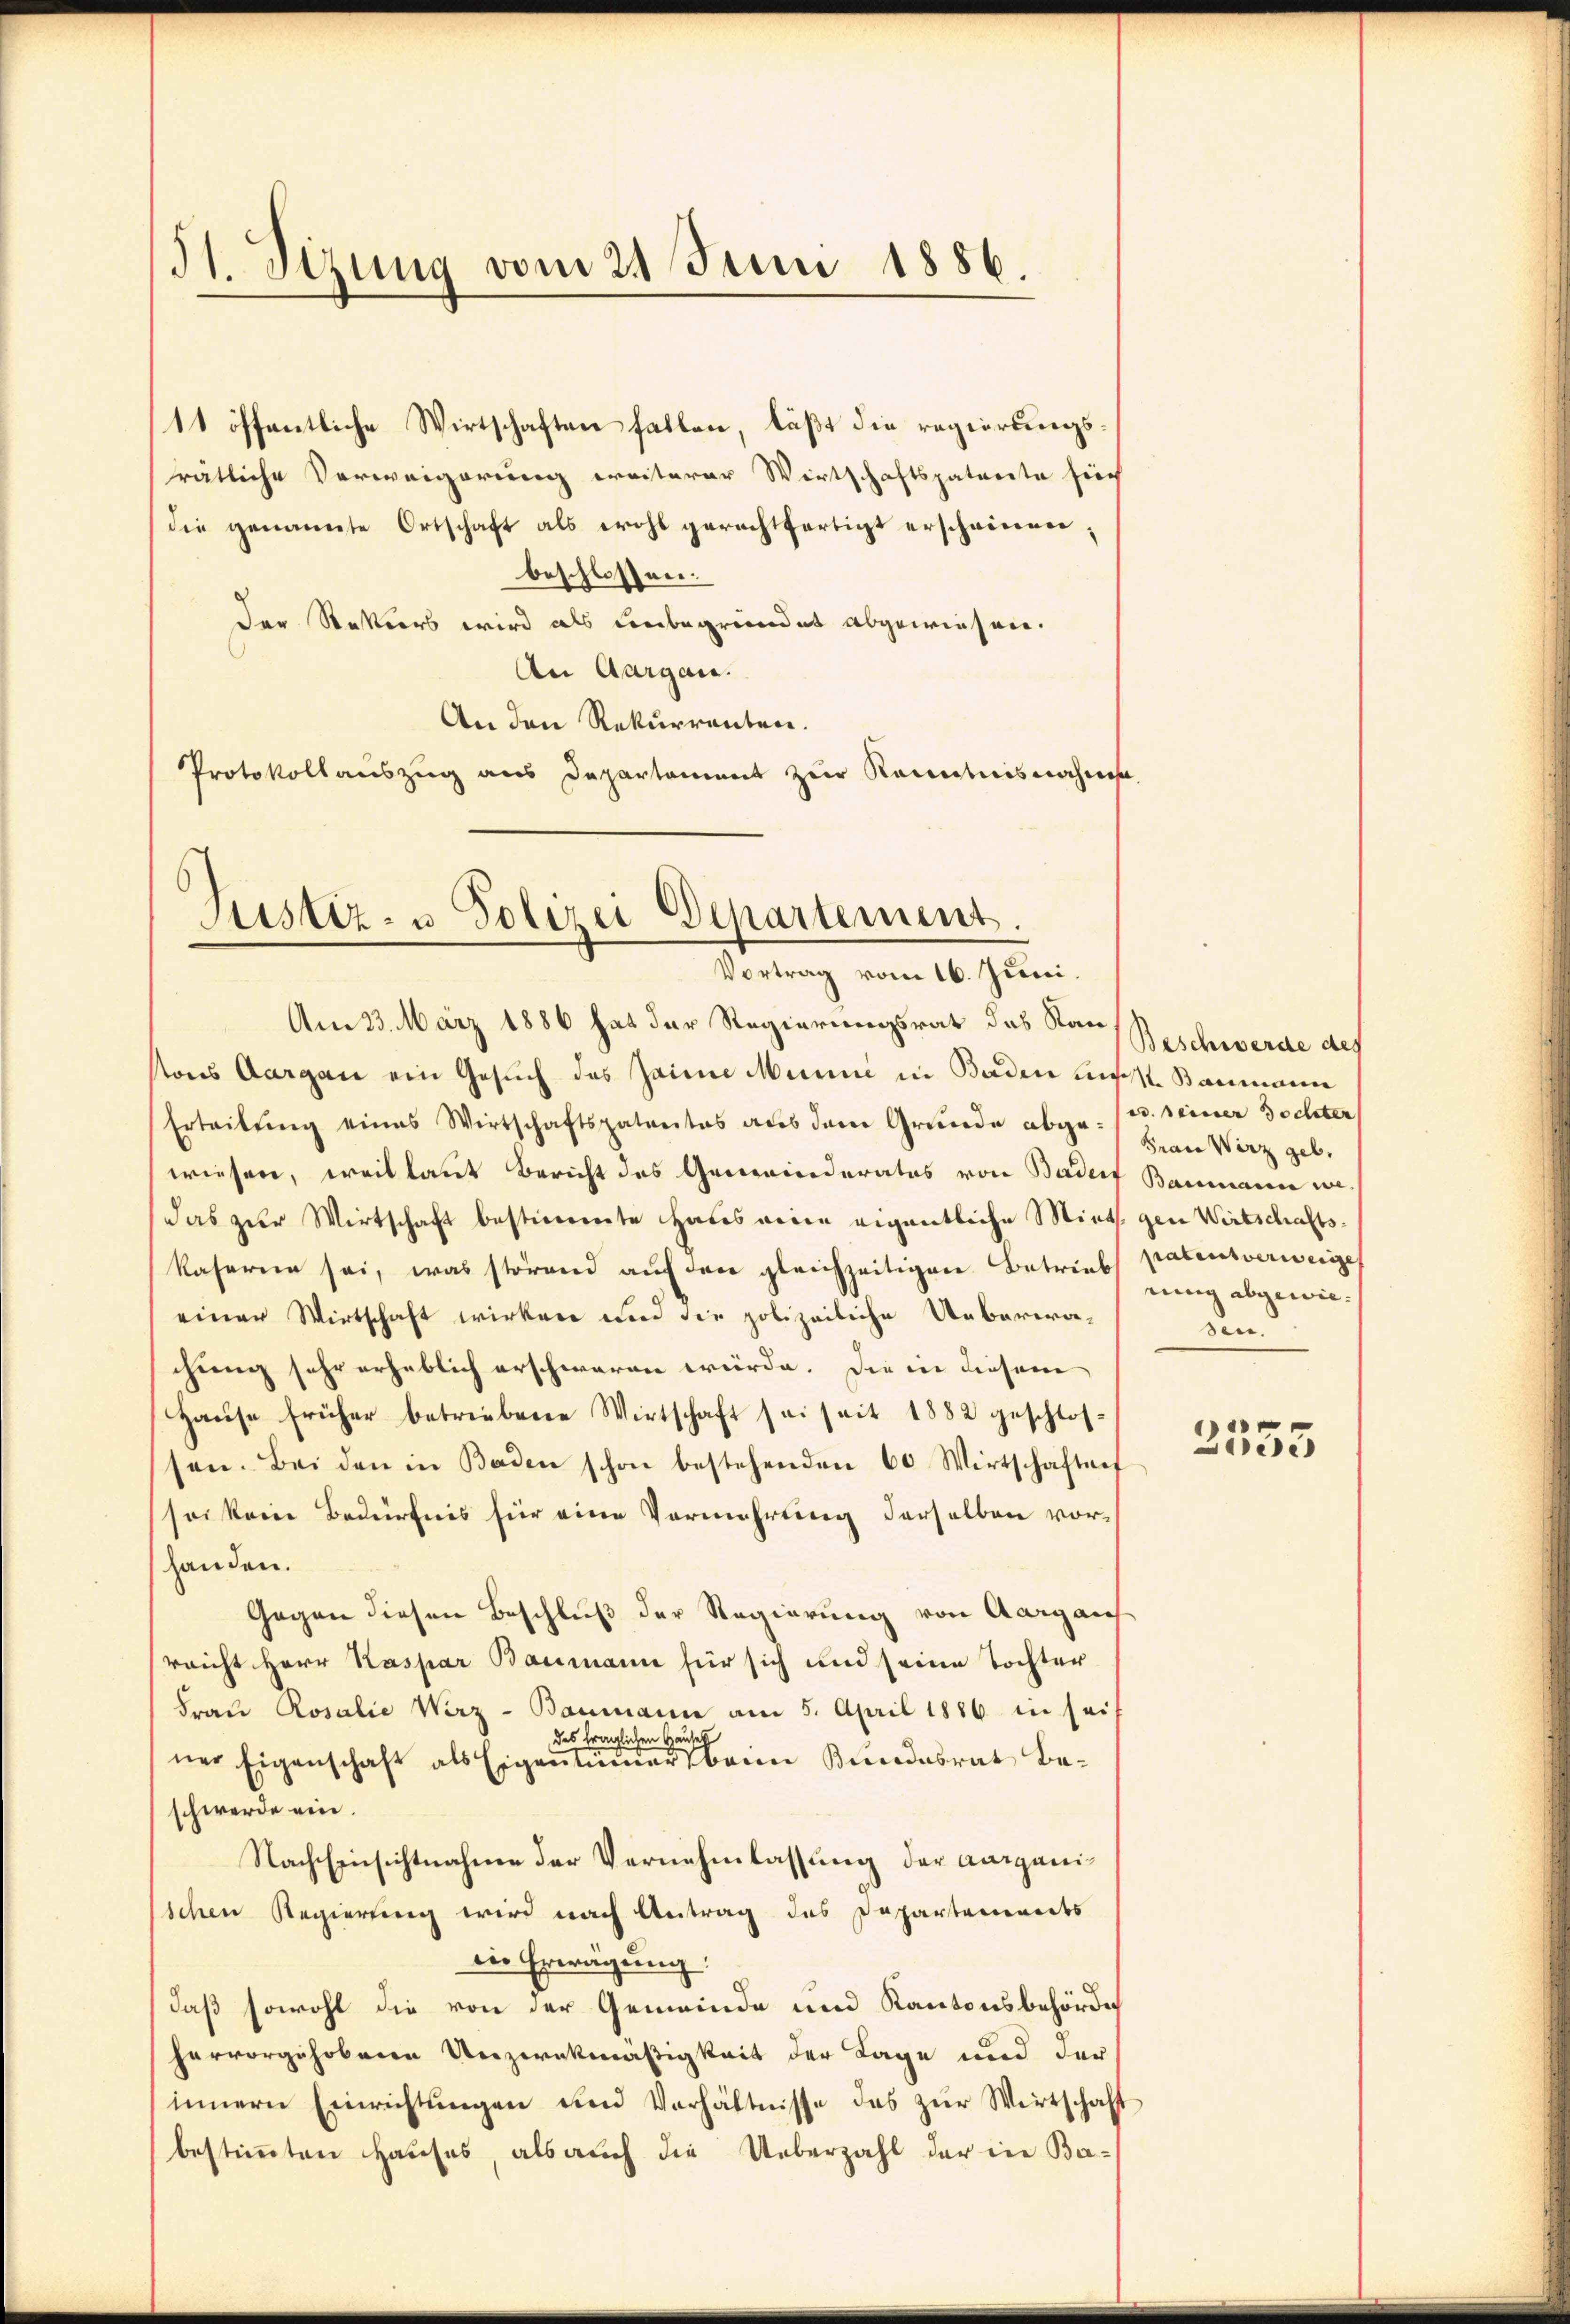
51. Sizung vom 21 Juni 1886.

11 öffentliche Wirtschaften fallen, läßt die regierungsrätliche Verweigerung weiterer Wirtschaftspaterste sich
die genannte Ortschaft als wohl gerechtfertigt erscheinen,
beschlossen.
Der Restiers wird als unbegründet abgewiesen.
An Aargau.
An den Rekurrenten.
Protokollauszug aus Departament zur Kenntnisnahmsa

Justiz- u. Polizei Departement
Vortrag vom 16. Juni.

Am 23. März 1886 hat der Regierungsrat das San Beschwerde des
vons Aargau ein Gesuch des Zaime Manni in Baden unst. Baumann
Erteilŭng eines Wirtschaftspatentes aŭs dem Grunde abge. (v. seiner Tochter
wiesen, weil laut Bericht des Gemeinderates von Bader Baumann wedas zur Wirtschaft besticerete Habes veren eigentliche Mieth gen Wirtschaftskaseren sei, was störend auf den gleichzeitigen Betriebs patentverweige
einer Wirtschaft wirken und die polizeiliche Ueberwa-
chung sehr erheblich erschwaren würde. Die in diesem
Haŭse früher betriebene Wirtschaft sei seit 1882 geschlossen. Bei den in Baden schon bestehenden 60 Wirtschaftnef
sei kein Bedürfnis für eine Vermehrung derselben vorhanden.
Gegen diesen Beschluß der Regierung von Aargaus
reicht Herr Kaspar Baumann für sich und seine Tochter
Frau Rosalie Wirz - Baumann am 5. April 1886 in seit
des fraglichen Häusell
ner Eigenschaft als Eigentümerbann Bundesrat Be-
schwerde ein.
Nach Einsichtnahme der Vernehmlassung der aarganischen Regierung wird nach Antrag des Departemendes
die Erwägung:
¬
daß sowohl die von der Gemeinde und Kantonsbehörde
hervorgehobenen Unzwekmäßigkeit der Lage und der
innern Einrichtŭngen und Verhältnisse des zŭr Wirtschaft
bestimmten Hauses, als auch die Ueberzahl der in Ba¬

Frau Wirz geb.
rung abgewiesen.

e
e